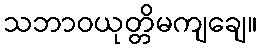
သဘာဝယုတ္တိမကျချေ။